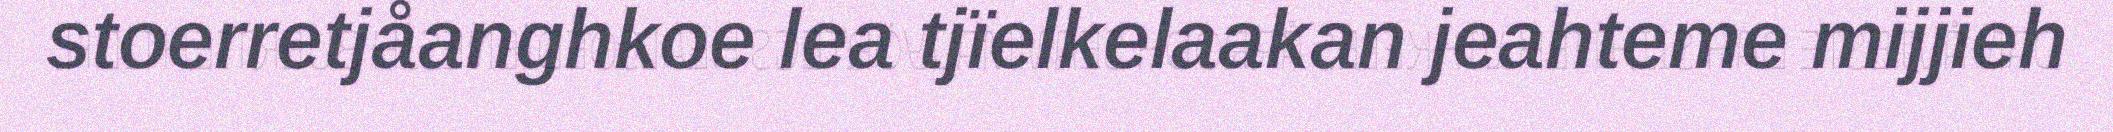
stoerretjåanghkoe lea tjïelkelaakan jeahteme mijjieh